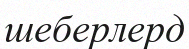
шеберлерд